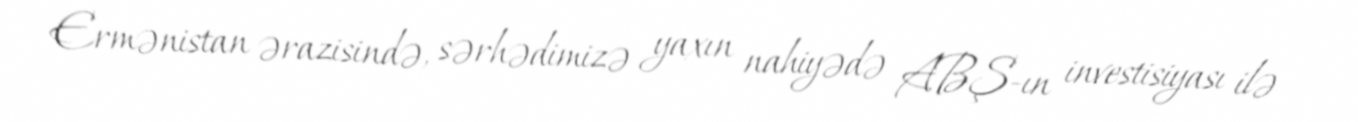
Ermənistan ərazisində, sərhədimizə yaxın nahiyədə ABŞ-ın investisiyası ilə